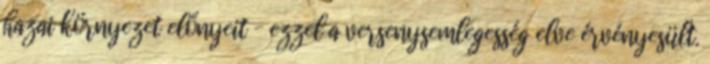
hazai környezet előnyeit – ezzel a versenysemlegesség elve érvényesült.